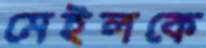
মেইলকে